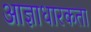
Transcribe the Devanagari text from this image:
आज्ञाधारकता